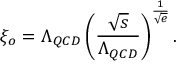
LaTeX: \xi _ { o } = \Lambda _ { Q C D } \left( \frac { \sqrt { s } } { \Lambda _ { Q C D } } \right) ^ { \frac { 1 } { \sqrt { e } } } .